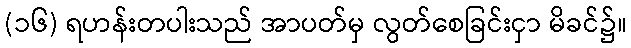
(၁၆) ရဟန်းတပါးသည် အာပတ်မှ လွတ်စေခြင်းငှာ မိခင်၌။